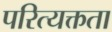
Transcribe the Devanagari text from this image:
परित्यक्तता